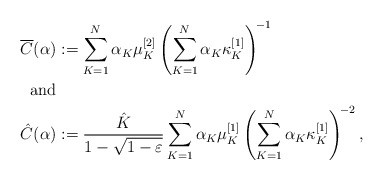
\begin{align*} \overline{C}(\alpha) &:= \sum_{K=1}^{N}\alpha_K\mu_K^{[2]}\left(\sum_{K=1}^{N}\alpha_K\kappa_K^{[1]}\right)^{\!-1}\\ \mbox{and} &\\\hat{C}(\alpha) &:= \frac{\hat{K}}{1-\sqrt{1-\varepsilon}}\sum_{K=1}^{N} \alpha_K\mu_K^{[1]}\left(\sum_{K=1}^{N}\alpha_K\kappa_K^{[1]}\right)^{\!-2},\end{align*}